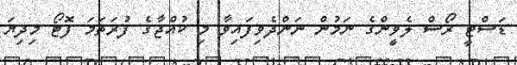
ޑަސްޓީ ރޯސް ލެވީންގެ ނަމުން ނަންދެވިފައިވާ މި ކުއްޖާގެ ފުރަތަމަ ފޮޓޯ މިދިޔަ